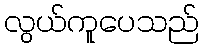
လွယ်ကူပေသည်